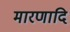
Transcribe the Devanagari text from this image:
मारणादि